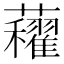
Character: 𧅈